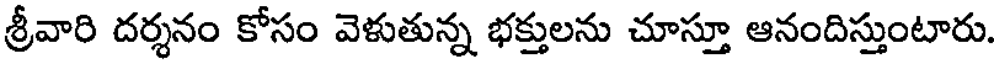
శ్రీవారి దర్శనం కోసం వెళుతున్న భక్తులను చూస్తూ ఆనందిస్తుంటారు.